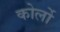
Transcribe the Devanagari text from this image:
कोर्लो